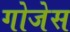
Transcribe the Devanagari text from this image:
गोजेस